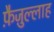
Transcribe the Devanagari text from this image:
फ़ैज़ुल्लाह